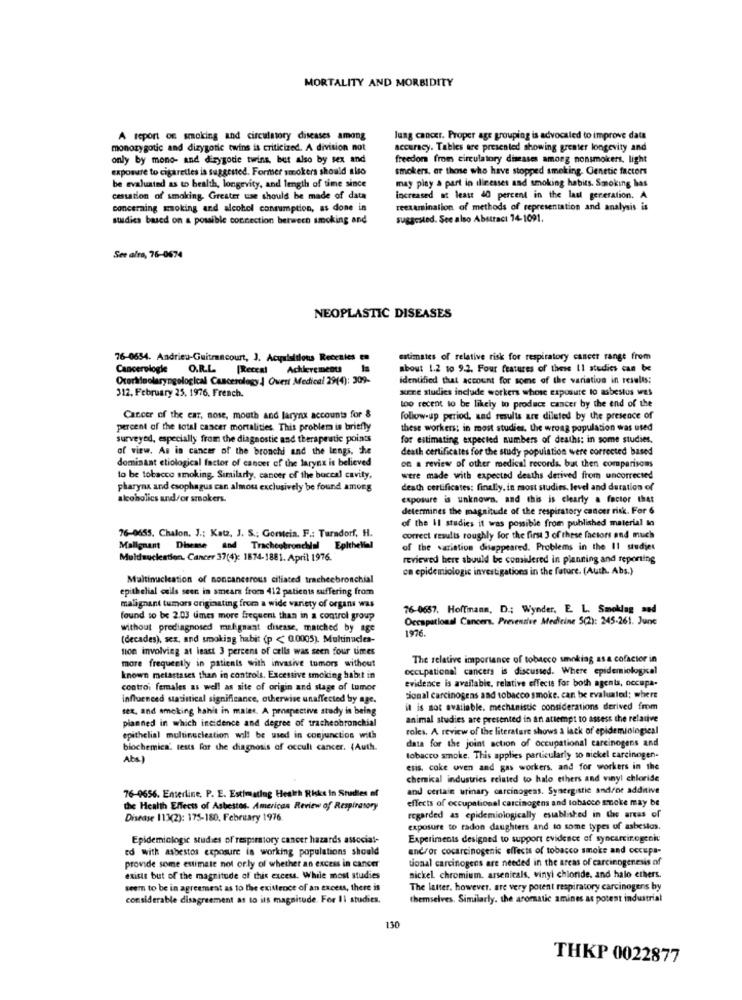
MORTALITY AND MORBIDITY
A report of smoking and circulatory diseases among
lung cancer. Proper age grouping is advocaled to improve data
monozygotic and dizygotic twins is criticized. A division not
accuracy. Tables are presented showing greater longevity and
only by mono- and dizygode twins, but also by sex and
freedom from circulatory diseases among nonsmokers, light
exposure to cigarettes is suggested. Former smokers should also
smokers, or those who have stopped smoking. Genetic factors
may play a part in illnesses aad smoking habits. Smoking has
be evaluated as to health, longevity, and length of time since
cessation of smoking. Greater use should be made of data
increased at least 40 percent in the last generation. A
concerning woking and alcohol consumption, as done in
reexamination of methods of representation and analysis is
susdies based on a possible connection between smoking and
suggested. See also Abstract 74-1091.
See alta, 76-0674
NEOPLASTIC DISEASES
76-0654. Andrieu-Guitrancourt, J. Acquisitions Recettes
estimates of relative risk for respiratory cancer range from
Cancerologie O.R.L.
Achievements
about 1.2 10 9.2. Four features of these 11 studies can be
Otorinolaryngological Cancerology Ouest Medical 29(4): 309-
identified that account for some of the variation in results:
312, February 25, 1976, French.
xene studies include workers whose exposure to asbestos was
too recent to be likely to produce cancer by the end of the
Carcer of the car, nose, mouth and larynx accounts for &
follow-up period, and results are diluted by the presence of
percent of the total cancer mortalities. This problem is briefly
these workers: in most studies, the wrong population was used
surveyed, especially from the diagnostic and therapeutic points
for estimating expected numbers of deaths; in some studies.
of view. As in cancer of the bronchi and the lengs, Che
death certificates for the study population were corrected based
dominant ctiological factor of cancer of the larynx is believed
on a review of other medical records, but then comparisons
to be tobacco smoking, Similarly, cancer of the buccal cavity,
were made with expected deaths derived from uncorrected
pharynx and esophagus can almost exclusively be found among
death certificates: finally, in most studies. level and duration of
alcoholics and/or smokers.
exposure is unknown. and this is clearly a factor that
determines the magnitude of the respiratory cancer risk. For 6
of the Il studies it was possible from published material to
76-0655. Chalon. J .; Katz, J. S .: Gonteia. F .: Taradorf, H.
correct results roughly for the first 3 of these factors and much
Malignant Disease and Tracheobronchial Epithelial
of the variation disappeared. Problems in the 11 studies
Muldnucleation. Cancer 37(4): 1874-1881. April 1976.
reviewed here should be comidlered in planning and reporting
ce epidemiologic investigations in the future. (Auth. Abs.)
Multinucleation of noncancerous ciliated tracheebronchial
epithelial cells seen in smears from 412 patients suffering from
malignant tumors originating from a wide variety of organs was
76-0657. Hoffinana, D .; Wynder, E. L. Smoklag sed
found to be 2.03 umes more frequent than in a control group
Occupational Cancers. Preventive Medicine 5(2): 245-261. June
without prodiagnosed malignant disease, matched by age
1976.
(decades), sex, and smoking habit (p < 0.0005). Multinuclea-
tion involving at least 3 percent of cells was seen four umes
The relative importance of tobacco smoking as a cofactor in
more frequently in patients with invasive tumors without
occupational cancers is discussed. Where epidemiological
known metastases than in controls. Excessive smoking habit in
evidence is available, relative effects for both agents, occupa-
controi females as well as site of origin and stage of tumor
influenced statistical significance, otherwise unaffected by age.
sional carcinogens and tobacco smoke. can be evaluated; where
sex, and smoking hahis in males. A prospective study in being
it is not available. mechanistic considerations derived from
planned in which incidence and degree of tracheobronchial
animal studies are presented in an attempt to assess the relative
roles. A review of the literature shows a lack of epidemiological
epithelial multinucleation will be used in conjunction with
data for the joint action of occupational carcinogens and
biochemica' tests for the diagnosis of occult cancer. (Auth.
Abs
tobacco smoke. This applies particularly to nickel carcinogen-
esis, coke oven and gas workers, and for workers in the
chemical industries related to halo ethers and vinyl chloride
and certain urinary carcinogens. Synergistic androe additive
76-9656. Enterline. P. E. Estimating Health Riks in Studies of
effects of occupational carcinogens and tobacco smoke may be
the Health Effects of Asbestos. American Review of Respiratory
Disease 113(2): 175-180, February 1976
regarded as epidemiologically established in the areas of
exposure to radon daughters and to some types of asbestos
Epidemiologic studies of respiratory cancer hazards associat-
Experiments designed to support evidence of syncarcinogenic
ed with asbestos exposure is working populations should
and/or cocarcinogenic effects of tobacco smoke and occupa-
provide some estimate not orly of whether an excess in cancer
tional carcinogens are needed in the areas of carcinogenesis of
exists but of the magnitude of this excess. While most studies
nickel chromium. arsenicals, vinyl chloride, and halo ethers.
seem to be in agreement as to the existence of an excess, there is
The latter, however. are very potent respiratory carcinogens by
considerable disagreement as to its magnitude. For Il studies.
themselves. Similarly. the aromatic amines as potent industrial
130
THKP 0022877